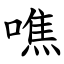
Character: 噍